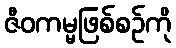
ဇီဝကမ္မဖြစ်စဉ်ကို